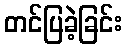
တင်ပြခဲ့ခြင်း